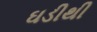
ઘડીથી